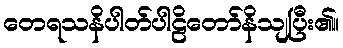
တေရသနိပါတ်ပါဠိတော်နိသျပြီး၏။